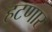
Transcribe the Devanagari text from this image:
हटणार